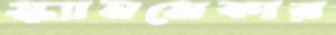
স্ক্যানমেকার